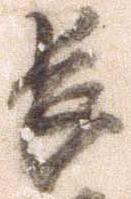
長